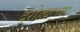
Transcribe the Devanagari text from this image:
दरोड्याच्या